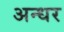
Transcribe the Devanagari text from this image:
अन्धर